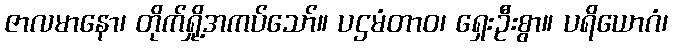
ဇာလမာနော၊ တိုက်ရှို့အကပ်သော်။ ပဌမံတာဝ၊ ရှေးဦးစွာ။ ပရိယောဂံ၊